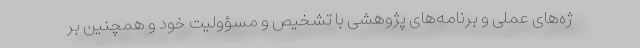
ژه‌های عملی و برنامه‌های پژوهشی با تشخیص و مسؤولیت خود و همچنین بر